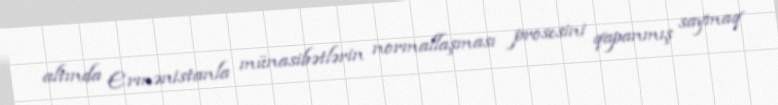
altında Ermənistanla münasibətlərin normallaşması prosesini qapanmış saymaq